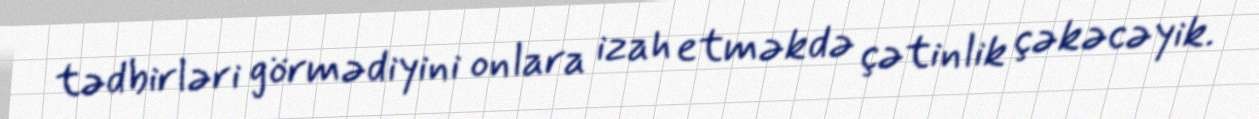
tədbirləri görmədiyini onlara izah etməkdə çətinlik çəkəcəyik.